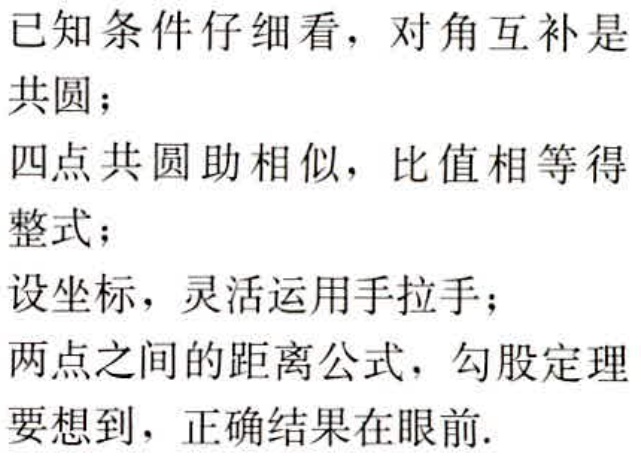
已知条件仔细看，对角互补是

共圆；

四点共圆助相似，比值相等得

整式；

设坐标，灵活运用手拉手；

两点之间的距离公式，勾股定理

要想到，正确结果在眼前.